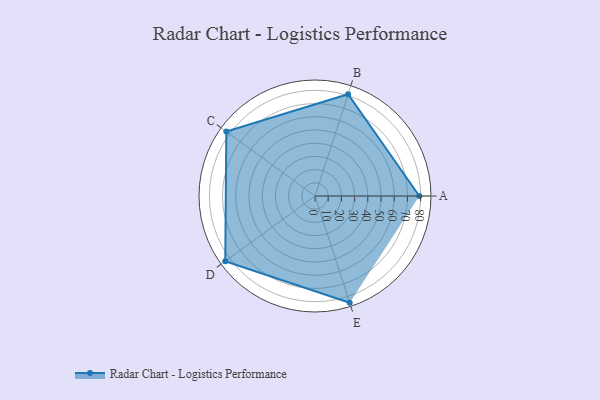
{"axis": {"x": "Skill", "y": "Score"}, "legend": ["Profile"], "data": [{"x": "A", "y": 79.0, "type": "Profile"}, {"x": "B", "y": 81.0, "type": "Profile"}, {"x": "C", "y": 83.0, "type": "Profile"}, {"x": "D", "y": 84.0, "type": "Profile"}, {"x": "E", "y": 85.0, "type": "Profile"}]}